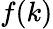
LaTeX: f(k)